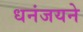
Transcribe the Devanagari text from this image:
धनंजयने